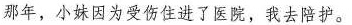
那年，小妹因为受伤住进了医院，我去陪护。